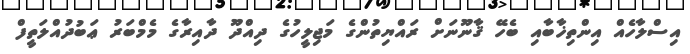
އިސްލާހެއް އިންތިޚާބާއި ބެހޭ ޤާނޫނަށް ރައްޔިތުންގެ މަޖިލީހުގެ ދިއްދޫ ދާއިރާގެ މެމްބަރު ޢަބުދުއްލަތީފް